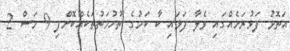
އަތޮޅު ފަޅުރަށެެއްގައި ވެލާ ފަޅައި ކާ ކަމުގެ ތުހުމަތުތަކެއްކޮށްފި 9 މަސް 2